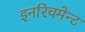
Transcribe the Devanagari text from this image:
इनरिचमेन्ट